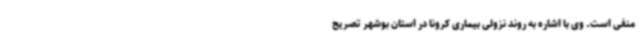
منفی است. وی با اشاره به روند نزولی بیماری کرونا در استان بوشهر تصریح